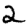
Digit: 2